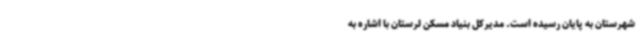
شهرستان به پایان رسیده است. مدیرکل بنیاد مسکن لرستان با اشاره به